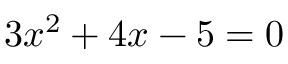
3 x ^ { 2 } + 4 x - 5 = 0